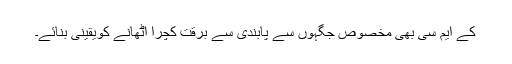
کے ایم سی بھی مخصوص جگہوں سے پابندی سے برقت کچرا اٹھانے کویقینی بنائے۔